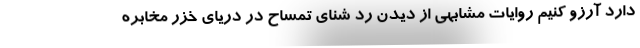
دارد آرزو کنیم روایات مشابهی از دیدن رد شنای تمساح در دریای خزر مخابره